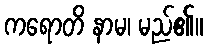
ကရောတိ နာမ၊ မည်၏။